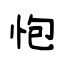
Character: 怉